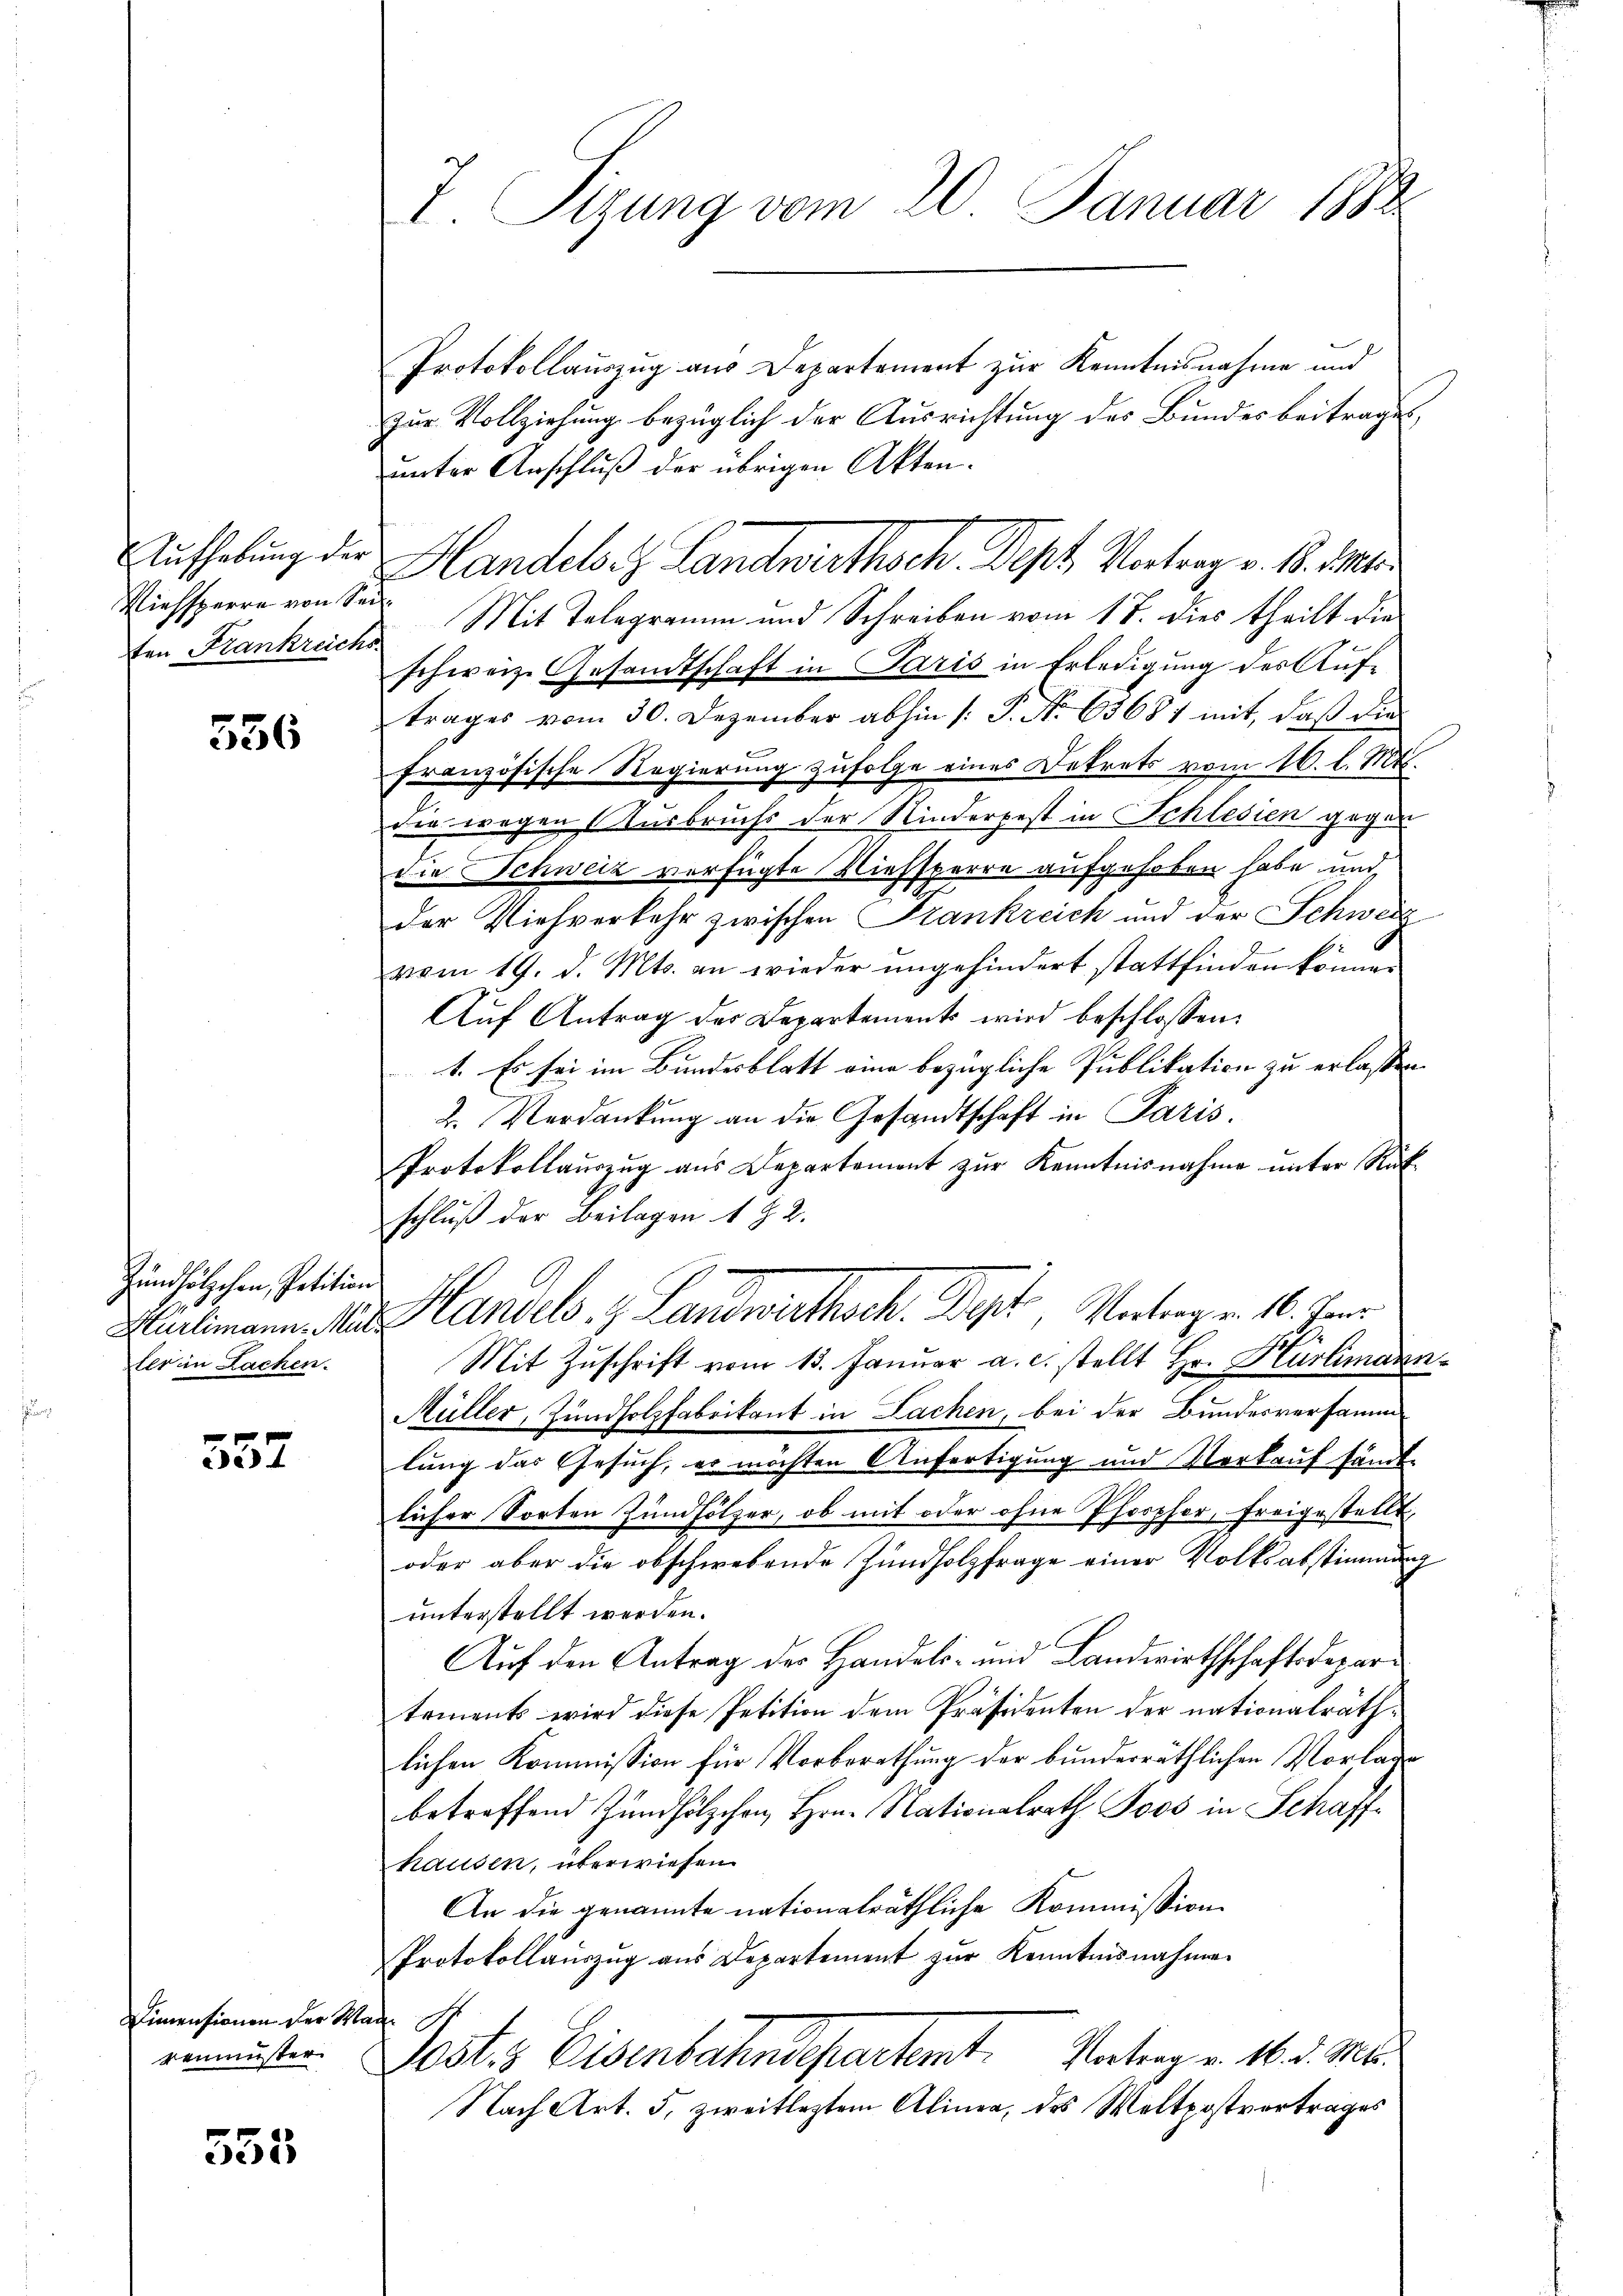
Viehsperre von Sei

536

Zündhölzchen, Petition
Hürlimann. Müller in Lachen.

357

Dimensionen der Marenmuster

555

I Sizung vom 20. Januar 1882

Protokollauszug aus Departement zur Kenntnisnahme und
zur Vollziehung bezüglich der Ausrichtung des Bundes beitrages,
unter Anschluß der übrigen Akten.
Aufhebung der Handels z. Landwirthsch. Dept Vortrag v. 18. 11.
ten Frankreichs Mit Telegramm und Schreiben vom 17. dies theilt die
schweiz. Gesandtschaft in Paris in Erledigung der Auftrages vom 30. Dezember abhin /: P. Nr. 63681 mit, daß die
französische Regierung zufolge eines Dekrets vom 16. l. Mts.
die wegen Ausbruchs der Kinderpest in Schlesien gegen
Die Schweiz verfügte Niessperre aufgehoben habe und
der Viehverkehr zwischen Krankreich und der Schweiz
vom 19. d. Mts. an wieder ungehindert stattfinden können
Aŭf Antrag des Departements wird beschlossen:
1. Es sei im Bundesblatt eine bezügliche Publikation zu erlassen.
2. Verdankung an die Gesandtschaft in Paris.
Protokollauszug aus Departement zur Kenntnisnahme unter Rükschluß der Beilagen 1 § 2.
Handels. z. Landratheck. Dyt, Unterger 18. Jun
Mit Zuschrift vom 13. Januar a. c. stellt Hr. Hürlimann
Müller, Zündholzfabrikant in Sachen, bei der Bundesversamm
lung das Gesuch, er möchten Anfertigung und Vorkauf sämt-
licher Sorten Zündhölzer, ob mit oder ohne Pforpher, freigestellt,
oder aber die obschwebende Zündholzfrage einer Volksabstimmung
unterstellt werden.
Auf den Antrag der Handels- und Landwirthschaftsdepartements wird diese Petition dem Präsidenten der nationalräthlichen Kommission für Vorberathung der bunderräthlichen Vorlage
betreffend Zündhölzchen Hrn. Nationalrath Joos in Schaffhausen, überwiesen
An die genannte nationalräthliche Kommission
Protokollaŭszŭg aŭs Departement zŭr Kenntnisnahme

Vortrag v. 16. d. Mts.
Fests Eisenbahndepartent.
Nach Art. 5, zweiflegtem Alinea, das Weltpostvertrages